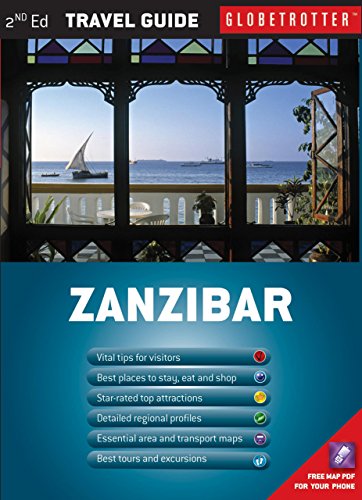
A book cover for Zanzibar Travel Pack (Globetrotter Travel Packs); Graham Mercer; Travel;